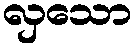
လှသော